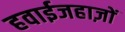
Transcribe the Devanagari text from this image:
हवाईजहाज़ों